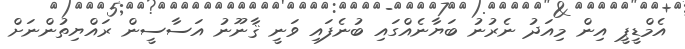
އެމްޑީޕީ އިން މިއަދު ނެރުނު ބަޔާނެއްގައި ބުނެފައި ވަނީ ޤާނޫނު އަސާސީން ރައްޔިތުންނަށް